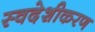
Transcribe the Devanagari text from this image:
स्वदेशीकरण